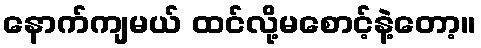
နောက်ကျမယ် ထင်လို့မစောင့်နဲ့တော့။